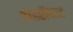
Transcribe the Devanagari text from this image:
दोहरीघाट